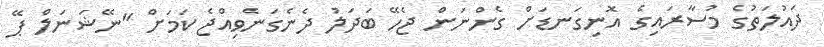
ދައުލަތުގެ މުސާރައިގެ އޮނިގަނޑަށް ގެންނަން ޖެހޭ ބަދަލު ދެނެގަނެވިއްޖެ ކަމަށް "ނޭޝަނަލް ޕޭ